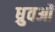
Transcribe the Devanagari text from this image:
ध्रुवओं